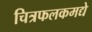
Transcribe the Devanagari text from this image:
चित्रफलकमद्ये